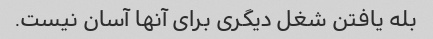
بله یافتن شغل دیگری برای آنها آسان نیست.